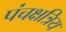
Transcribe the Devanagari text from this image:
पंचक्षत्रिय